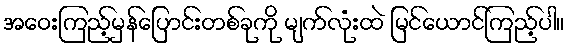
အဝေးကြည့်မှန်ပြောင်းတစ်ခုကို မျက်လုံးထဲ မြင်ယောင်ကြည့်ပါ။